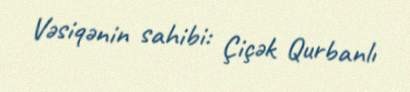
Vəsiqənin sahibi: Çiçək Qurbanlı